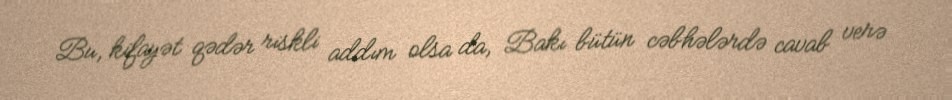
Bu, kifayət qədər riskli addım olsa da, Bakı bütün cəbhələrdə cavab verə